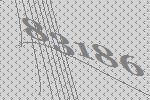
83186